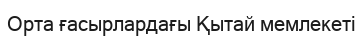
Орта ғасырлардағы Қытай мемлекеті